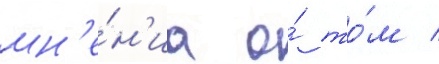
мн'е́н'иа о́ то́м /